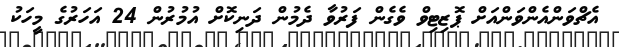
އެޗްވަންއެންވަންއަށް ޕޮޒިޓިވް ވެގެން ފަރުވާ ދެމުން ދަނިކޮށް އުމުރުން 24 އަހަރުގެ މީހަކު